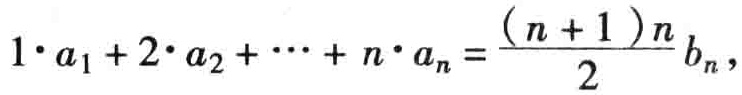
\(1\cdot a_{1}+2\cdot a_{2}+\cdots +n\cdot a_{n}=\frac{(n + 1)n}{2}b_{n},\)